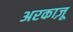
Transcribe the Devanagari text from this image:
अरकाज़ू